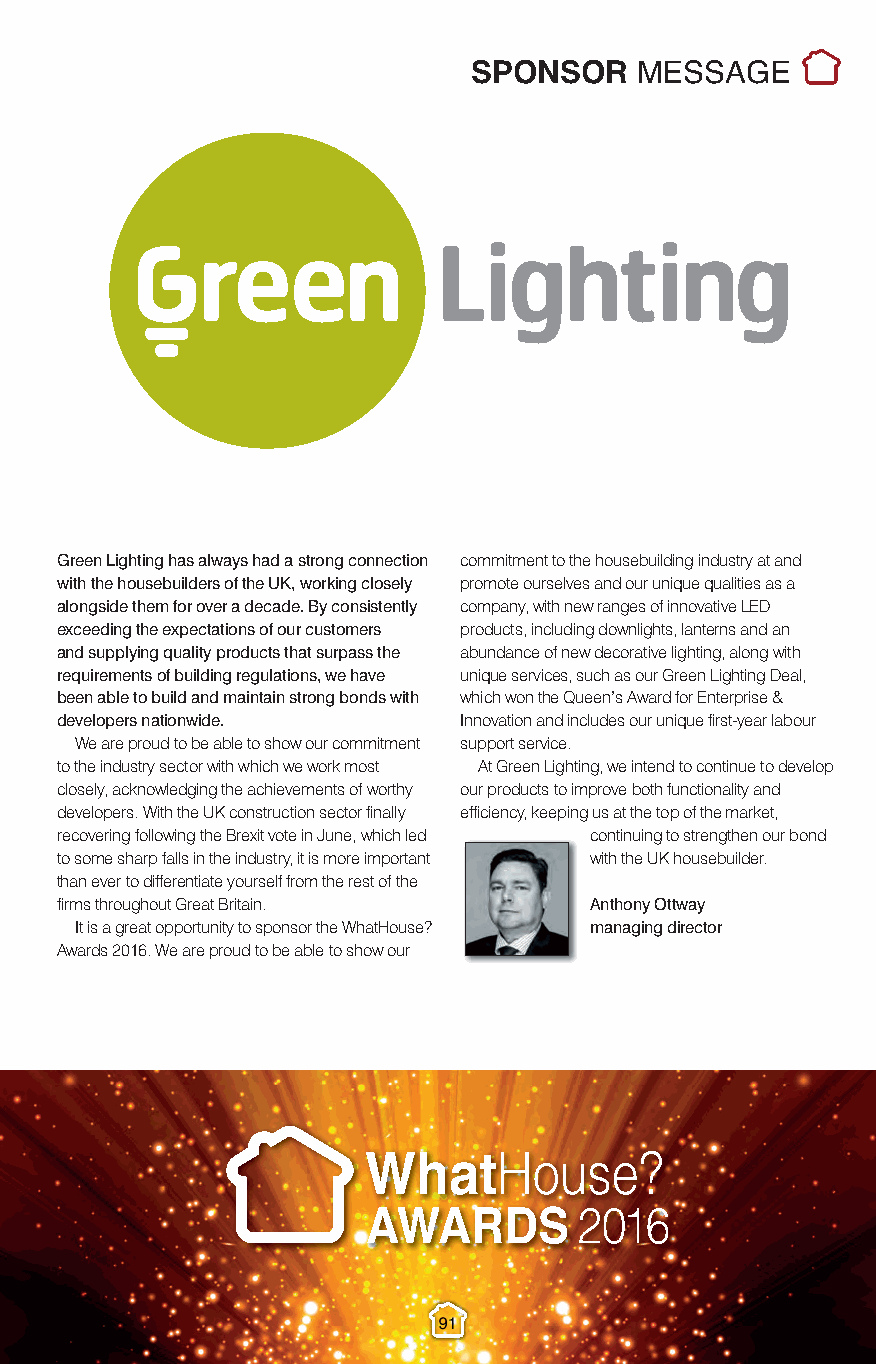
Sponsor Messages_3.qxp_Layout 1 10/11/2016 22:12 Page 12
 SPONSOR    MESSAGE
 Green Lighting has always had a strong connection commitment to the housebuilding industry at and
 with the housebuilders of the UK, working closely promote ourselves and our unique qualities as a
 alongside them for over a decade. By consistently company, with new ranges of innovative LED
 exceeding the expectations of our customers products, including downlights, lanterns and an
 and supplying quality products that surpass the abundance of new decorative lighting, along with
 requirements of building regulations, we have unique services, such as our Green Lighting Deal,
 been able to build and maintain strong bonds with which won the Queen’s Award for Enterprise &
 developers nationwide.    Innovation and includes our unique first-year labour
 We are proud to be able to show our commitment support service.
 to the industry sector with which we work most At Green Lighting, we intend to continue to develop
 closely, acknowledging the achievements of worthy our products to improve both functionality and
 developers. With the UK construction sector finally efficiency, keeping us at the top of the market,
 recovering following the Brexit vote in June, which led continuing to strengthen our bond
 to some sharp falls in the industry, it is more important with the UK housebuilder.
 than ever to differentiate yourself from the rest of the
 firms throughout Great Britain.    Anthony Ottway
 It is a great opportunity to sponsor the WhatHouse? managing director
 Awards 2016. We are proud to be able to show our
 91